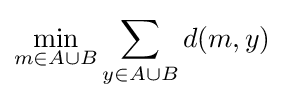
\min _{m\in A\cup B}\sum _{y\in A\cup B}d(m,y)